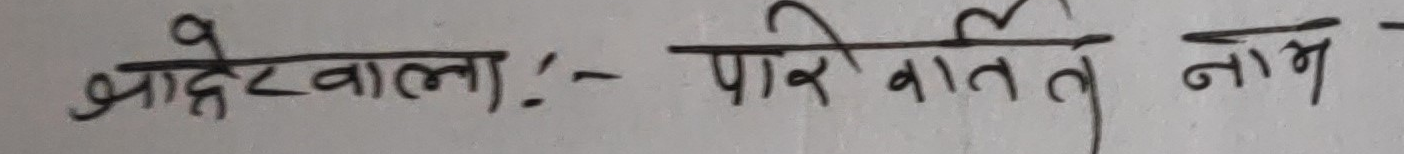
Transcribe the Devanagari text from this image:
आदेहवाला :- पारे वात ले नाम